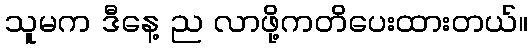
သူမက ဒီနေ့ ည လာဖို့ကတိပေးထားတယ်။